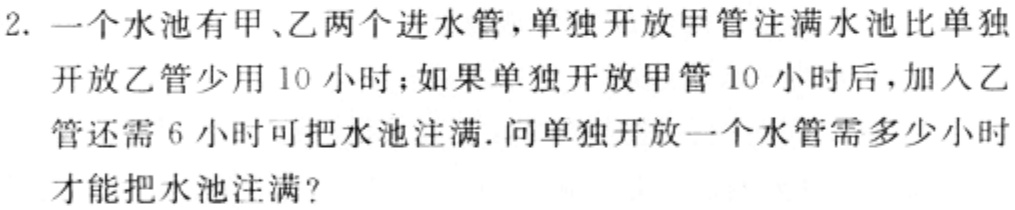
2. 一个水池有甲、乙两个进水管，单独开放甲管注满水池比单独开放乙管少用 10 小时；如果单独开放甲管 10 小时后，加入乙管还需 6 小时可把水池注满. 问单独开放一个水管需多少小时才能把水池注满?